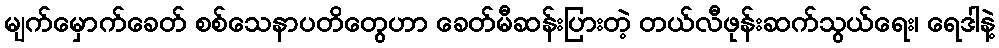
မျက်မှောက်ခေတ် စစ်သေနာပတိတွေဟာ ခေတ်မီဆန်းပြားတဲ့ တယ်လီဖုန်းဆက်သွယ်ရေး၊ ရေဒါနဲ့